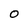
Character: O